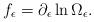
LaTeX: \begin{align*}f_{\epsilon}=\partial_{\epsilon} \ln \Omega_\epsilon.\end{align*}